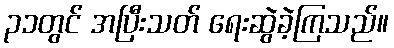
၃၁တွင် အပြီးသတ် ရေးဆွဲခဲ့ကြသည်။